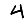
Digit: 4